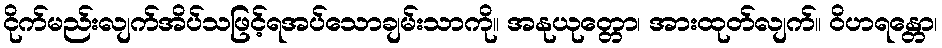
ငိုက်မည်းလျက်အိပ်သဖြင့်ရအပ်သောချမ်းသာကို။ အနုယုတ္တော၊ အားထုတ်လျက်။ ဝိဟရန္တော၊